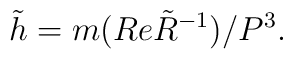
\tilde h= m(Re{\tilde R}^{-1})/P^3.